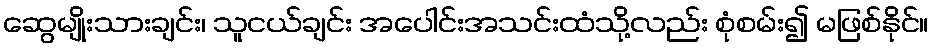
ဆွေမျိုးသားချင်း၊ သူငယ်ချင်း အပေါင်းအသင်းထံသို့လည်း စုံစမ်း၍ မဖြစ်နိုင်။